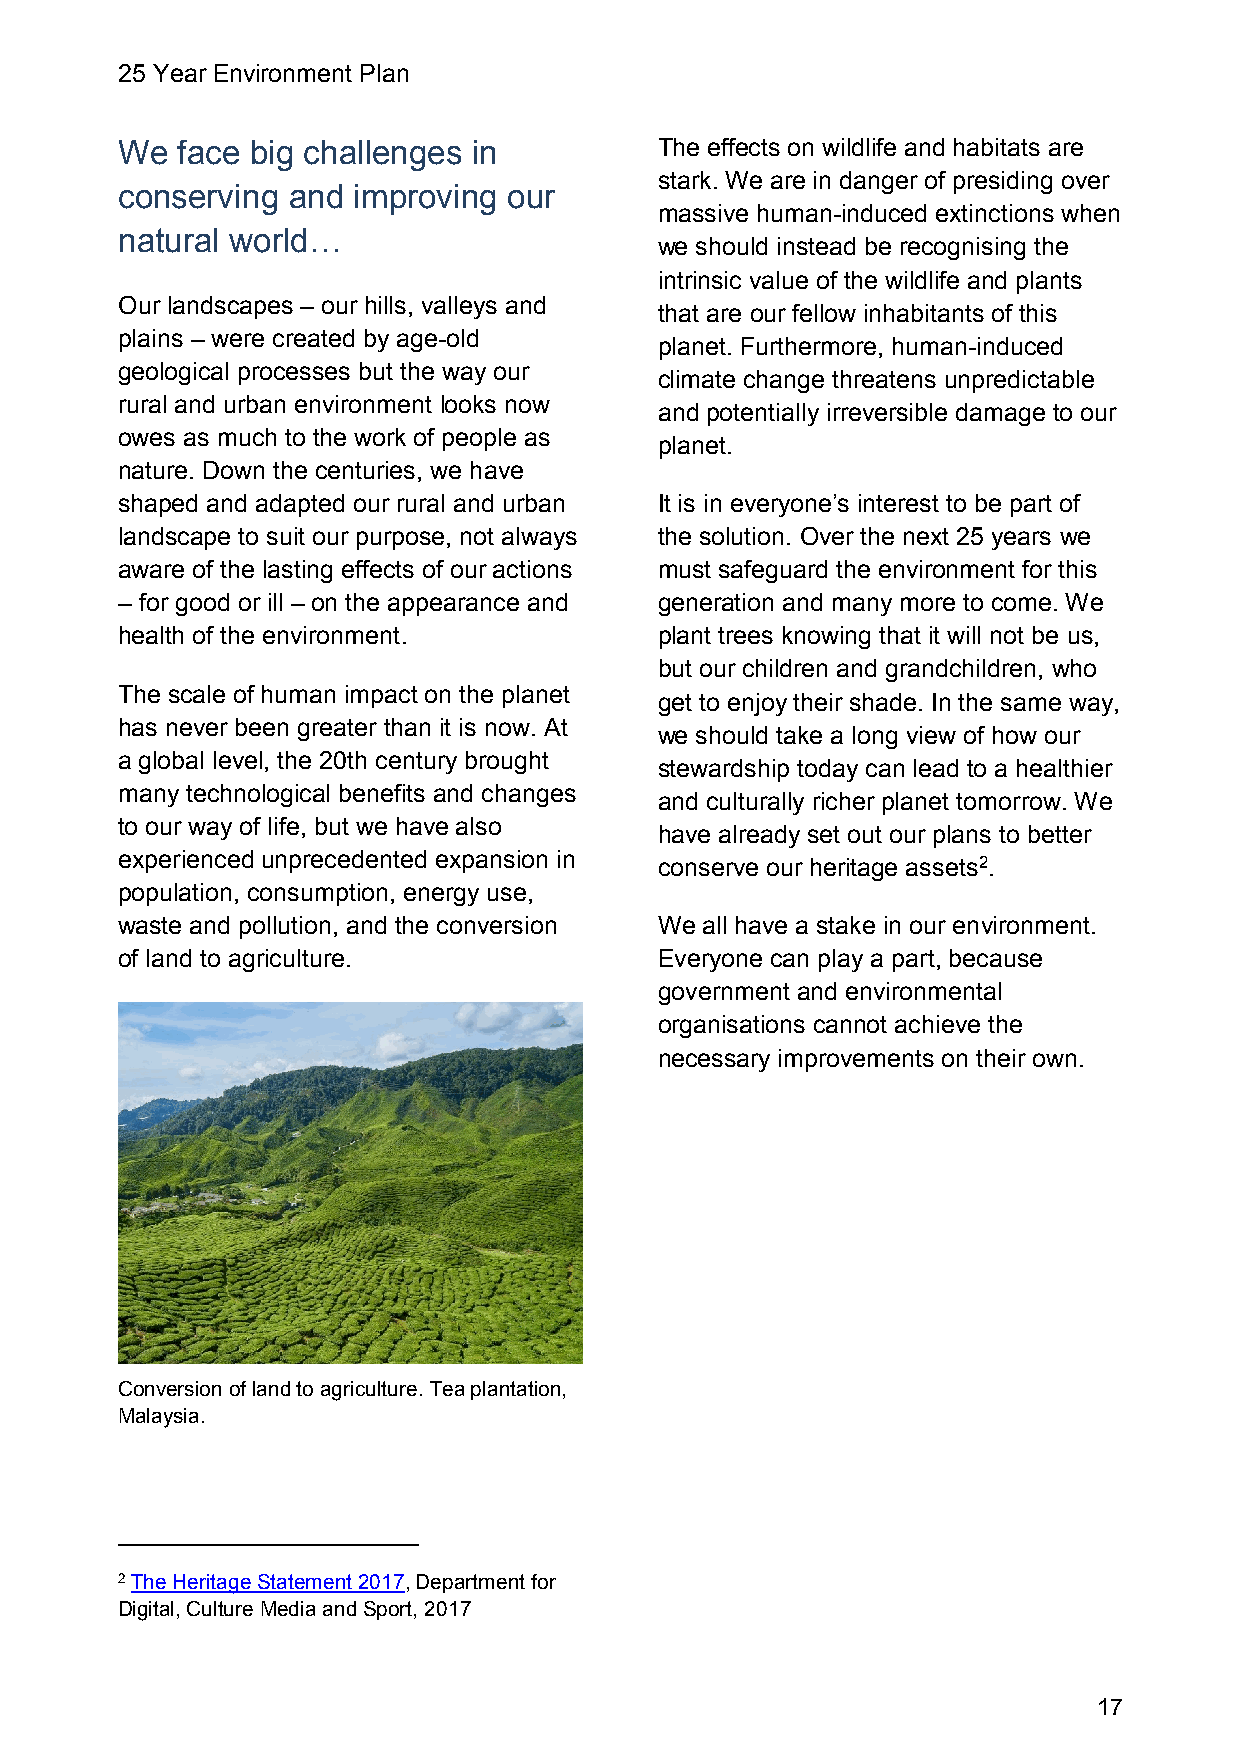
25 Year Environment Plan
 We  face big challenges in          The effects on wildlife and habitats are
 stark. We are in danger of presiding over
 conserving and improving  our
 massive human-induced extinctions when
 natural world…
 we should instead be recognising the
 intrinsic value of the wildlife and plants
 Our landscapes – our hills, valleys and
 that are our fellow inhabitants of this
 plains – were created by age-old
 planet. Furthermore, human-induced
 geological processes but the way our
 climate change threatens unpredictable
 rural and urban environment looks now
 and potentially irreversible damage to our
 owes as much to the work of people as
 planet.
 nature. Down the centuries, we have
 shaped and adapted our rural and urban It is in everyone’s interest to be part of
 landscape to suit our purpose, not always the solution. Over the next 25 years we
 aware of the lasting effects of our actions must safeguard the environment for this
 – for good or ill – on the appearance and generation and many more to come. We
 health of the environment.          plant trees knowing that it will not be us,
 but our children and grandchildren, who
 The scale of human impact on the planet
 get to enjoy their shade. In the same way,
 has never been greater than it is now. At
 we should take a long view of how our
 a global level, the 20th century brought
 stewardship today can lead to a healthier
 many technological benefits and changes
 and culturally richer planet tomorrow. We
 to our way of life, but we have also
 have already set out our plans to better
 experienced unprecedented expansion in
 conserve our heritage assets2.
 population, consumption, energy use,
 waste and pollution, and the conversion We all have a stake in our environment.
 of land to agriculture.             Everyone can play a part, because
 government and environmental
 organisations cannot achieve the
 necessary improvements on their own.
 Conversion of land to agriculture. Tea plantation,
 Malaysia.
 2 The Heritage Statement 2017, Department for
 Digital, Culture Media and Sport, 2017
 17